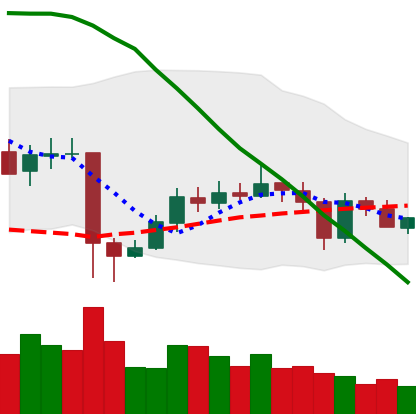
Ticker: EOS-USD
Chart end date: 2020-05-25
Forward return: 8.795%
Label: up_7plus